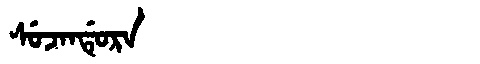
Manchu: ᠰᡠᠵᠠᠨᡩᡠᡵᠠ
Romanization: SUJANDURA